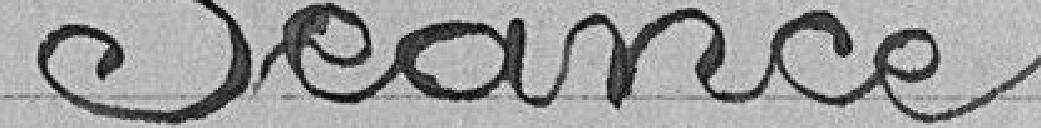
Séance